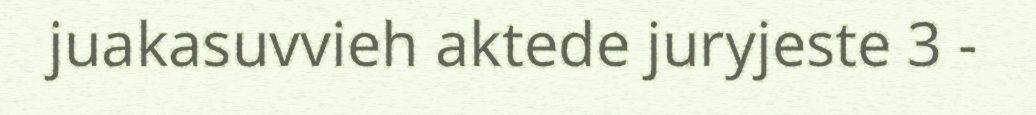
juakasuvvieh aktede juryjeste 3 -